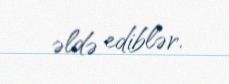
əldə ediblər.